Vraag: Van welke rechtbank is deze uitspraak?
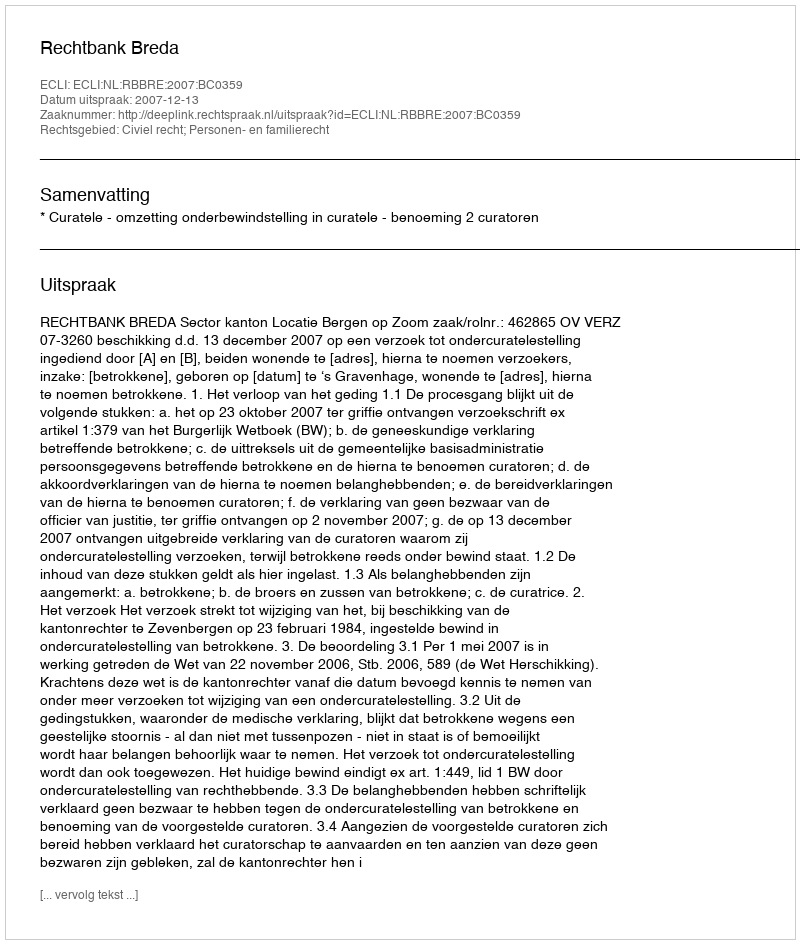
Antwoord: Rechtbank Breda